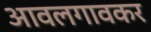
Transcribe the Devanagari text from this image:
आवलगावकर